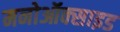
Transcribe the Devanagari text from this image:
मनोऑक्‍साइड